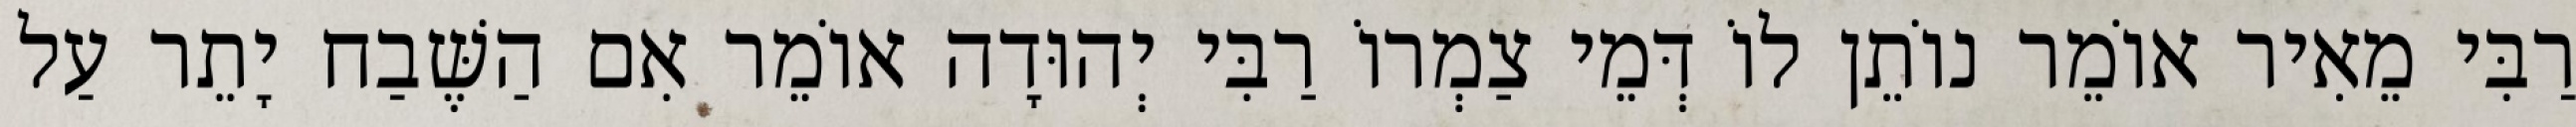
רַבִּי מֵאִיר אוֹמֵר נוֹתֵן לוֹ דְּמֵי צַמְרוֹ רַבִּי יְהוּדָה אוֹמֵר אִם הַשֶּׁבַח יָתֵר עַל